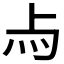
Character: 𤆛